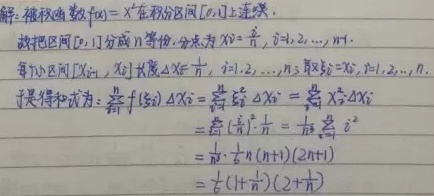
解：被积函数\(f(x)=x^{2}\)在积分区间\([0,1]\)上连续，
故把区间\([0,1]\)分成\(n\)等份，分点为\(x_{i}=\frac{i}{n}\)，\(i = 1,2,\cdots,n + 1\)。
每小区间\([x_{i - 1},x_{i}]\)长度\(\Delta x_{i}=\frac{1}{n}\)，\(i = 1,2,\cdots,n\)，取\(\xi_{i}=x_{i}\)，\(i = 1,2,\cdots,n\)，
于是得和式为：\(\sum_{i = 1}^{n}f(\xi_{i})\Delta x_{i}=\sum_{i = 1}^{n}f(x_{i})\Delta x_{i}=\sum_{i = 1}^{n}x_{i}^{2}\Delta x_{i}\)
\(=\sum_{i = 1}^{n}(\frac{i}{n})^{2}\cdot\frac{1}{n}=\frac{1}{n^{3}}\sum_{i = 1}^{n}i^{2}\)
\(=\frac{1}{n^{3}}\cdot\frac{1}{6}n(n + 1)(2n + 1)\)
\(=\frac{1}{6}(1+\frac{1}{n})(2+\frac{1}{n})\)